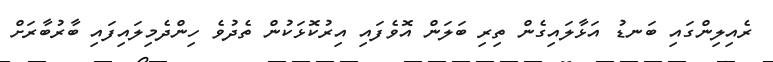
ރެއިލިންގައި ބަނޑު އަޅާލައިގެން ތިރި ބަލަން އޮވެފައި އިރުކޮޅަކުން ތެދުވެ ހިންދެމިލައިފައި ބާރުބާރަށް